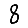
Digit: 8